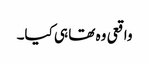
واقعی وہ تھا ہی کیا۔